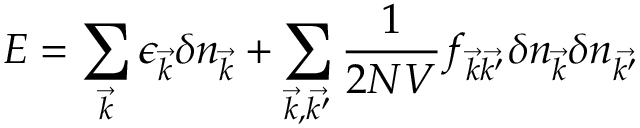
E = \sum _ { \vec { k } } \epsilon _ { \vec { k } } \delta n _ { \vec { k } } + \sum _ { { \vec { k } } , { \vec { k ^ { \prime } } } } { { \frac { 1 } { 2 N V } } f _ { { \vec { k } } { \vec { k ^ { \prime } } } } \delta n _ { \vec { k } } \delta n _ { \vec { k ^ { \prime } } } }